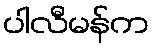
ပါလီမန်က